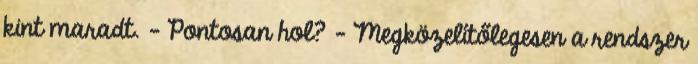
kint maradt. - Pontosan hol? - Megközelítőlegesen a rendszer